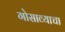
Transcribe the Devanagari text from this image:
गोसाव्याचा